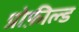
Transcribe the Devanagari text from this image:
प्रोफ़ील्ड